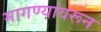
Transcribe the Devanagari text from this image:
मागण्यांवरून